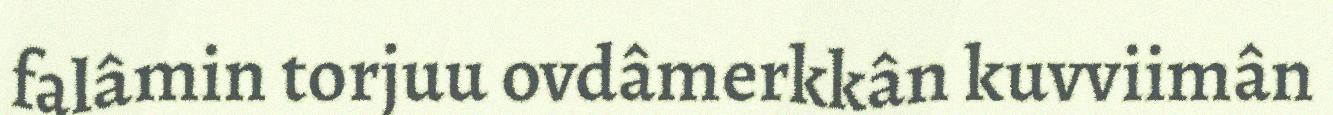
falâmin torjuu ovdâmerkkân kuvviimân